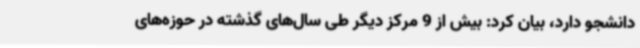
دانشجو دارد، بیان کرد: بیش از 9 مرکز دیگر طی سال‌های گذشته در حوزه‌های